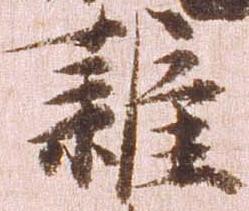
雑